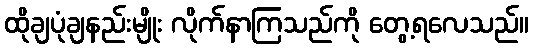
ထိုချပုံချနည်းမျိုး လိုက်နာကြသည်ကို တွေ့ရလေသည်။